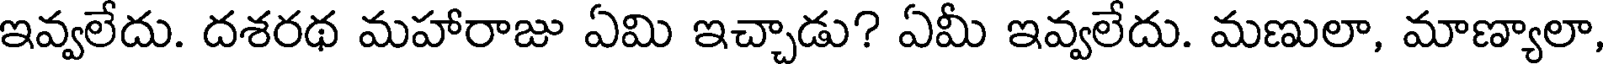
ఇవ్వలేదు. దశరథ మహారాజు ఏమి ఇచ్చాడు? ఏమీ ఇవ్వలేదు. మణులా, మాణ్యాలా